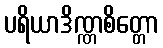
ပရိယာဒိဏ္ဏစိတ္တော